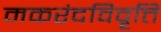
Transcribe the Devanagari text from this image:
मकरंदविवृत्ति